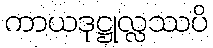
ကာယဒုဋ္ဌုလ္လဿပိ